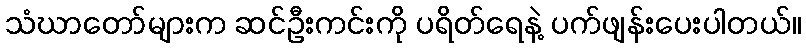
သံဃာတော်များက ဆင်ဦးကင်းကို ပရိတ်ရေနဲ့ ပက်ဖျန်းပေးပါတယ်။